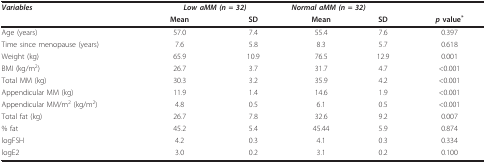
| Variables | <COLSPAN=2> Low aMM (n = 32) | <COLSPAN=3> Normal aMM (n = 32) |
 |  | Mean | SD | Mean | SD | p value* |
 | --- | --- | --- | --- | --- | --- |
 | Age (years) | 57.0 | 7.4 | 55.4 | 7.6 | 0.397 |
 | Time since menopause (years) | 7.6 | 5.8 | 8.3 | 5.7 | 0.618 |
 | Weight (kg) | 65.9 | 10.9 | 76.5 | 12.9 | 0.001 |
 | BMI (kg/m2) | 26.7 | 3.7 | 31.7 | 4.7 | <0.001 |
 | Total MM (kg) | 30.3 | 3.2 | 35.9 | 4.2 | <0.001 |
 | Appendicular MM (kg) | 11.9 | 1.4 | 14.6 | 1.9 | <0.001 |
 | Appendicular MM/m2 (kg/m2) | 4.8 | 0.5 | 6.1 | 0.5 | <0.001 |
 | Total fat (kg) | 26.7 | 7.8 | 32.6 | 9.2 | 0.007 |
 | % fat | 45.2 | 5.4 | 45.44 | 5.9 | 0.874 |
 | logFSH | 4.2 | 0.3 | 4.1 | 0.3 | 0.334 |
 | logE2 | 3.0 | 0.2 | 3.1 | 0.2 | 0.100 |